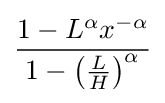
{\frac {1-L^{\alpha }x^{-\alpha }}{1-\left({\frac {L}{H}}\right)^{\alpha }}}